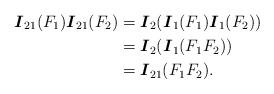
LaTeX: \begin{align*}\mbox{\boldmath$I$}_{21}(F_1)\mbox{\boldmath$I$}_{21}(F_2)&=\mbox{\boldmath$I$}_2(\mbox{\boldmath$I$}_1(F_1)\mbox{\boldmath$I$}_1(F_2))\\&=\mbox{\boldmath$I$}_2(\mbox{\boldmath$I$}_1(F_1 F_2))\\&=\mbox{\boldmath$I$}_{21}(F_1 F_2).\end{align*}